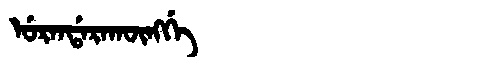
Manchu: ᡠᡵᠠᠨᡩᠠᡵᠠᡴᡡᠩᡤᡝ
Romanization: URANDARAKŪNGGE